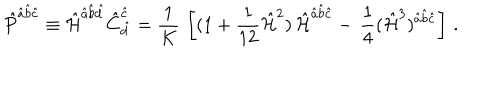
\hat { P } ^ { \hat { a } \hat { b } \hat { c } } \equiv \hat { \cal H } ^ { \hat { a } \hat { b } \hat { d } } \hat { C } _ { \hat { d } } ^ { \hat { c } } = { \frac { 1 } { K } } \, \left[ ( 1 + { \frac { 1 } { 1 2 } } \hat { { \cal H } } ^ { 2 } ) \, \hat { \cal H } ^ { \hat { a } \hat { b } \hat { c } } - \, { \frac { 1 } { 4 } } ( \hat { { \cal H } } ^ { 3 } ) ^ { \hat { a } \hat { b } \hat { c } } \right] \, .